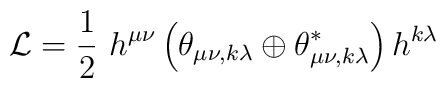
{\cal L}=\frac{1}{2}\ h^{\mu\nu}\left(\theta_{\mu\nu ,k\lambda} \oplus  \theta_{\mu\nu,k\lambda}^{\ast}\right)h^{k\lambda}